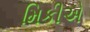
મિકીએ